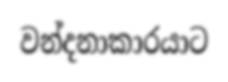
වන්දනාකාරයාට